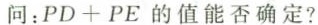
问：PD+PE的值能否确定？